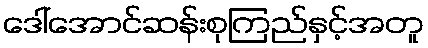
ဒေါ်အောင်ဆန်းစုကြည်နှင့်အတူ